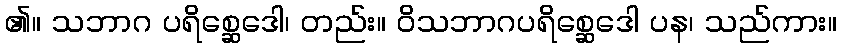
၏။ သဘာဂ ပရိစ္ဆေဒေါ၊ တည်း။ ဝိသဘာဂပရိစ္ဆေဒေါ ပန၊ သည်ကား။